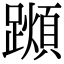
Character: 𨆌